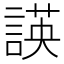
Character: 𮘡